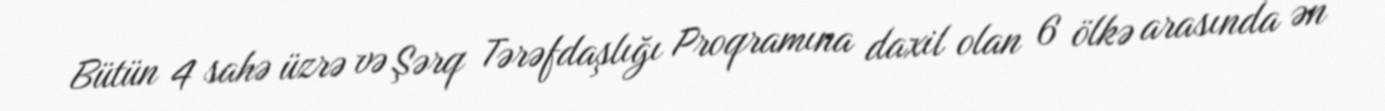
Bütün 4 sahə üzrə və Şərq Tərəfdaşlığı Proqramına daxil olan 6 ölkə arasında ən